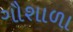
ગૌશાળા